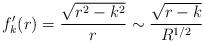
LaTeX: \begin{align*} f_{k}'(r) = \frac{\sqrt{r^{2} - k^{2}}}{r} \sim \frac{\sqrt{r - k}}{R^{1/2}} \end{align*}